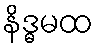
နိဒ္ဓမထ